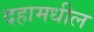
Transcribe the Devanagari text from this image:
दहामधील